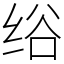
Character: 绤